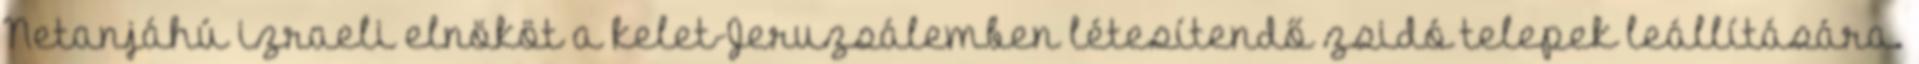
Netanjáhú izraeli elnököt a kelet-Jeruzsálemben létesítendő zsidó telepek leállítására.